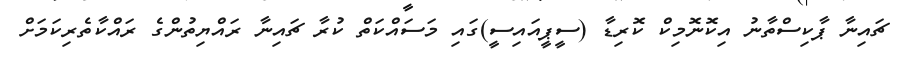
ޗައިނާ ޕާކިސްތާނު އިކޮނޮމިކް ކޮރިޑާ (ސީޕީއައިސީ)ގައި މަސައްކަތް ކުރާ ޗައިނާ ރައްޔިތުންގެ ރައްކާތެރިކަމަށް